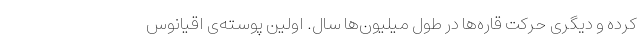
کرده و دیگری حرکت قاره‌ها در طول میلیون‌ها سال. اولین پوسته‌ی اقیانوس